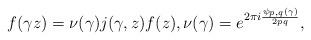
LaTeX: \begin{align*}f(\gamma z) = \nu(\gamma) j(\gamma, z) f(z), \nu(\gamma) = e^{2\pi i \frac{\psi_{p,q}(\gamma)}{2pq}},\end{align*}